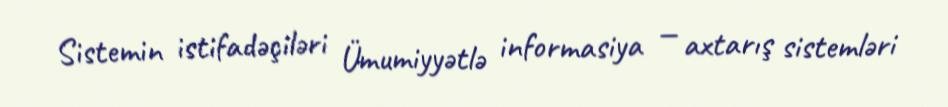
Sistemin istifadəçiləri Ümumiyyətlə informasiya — axtarış sistemləri